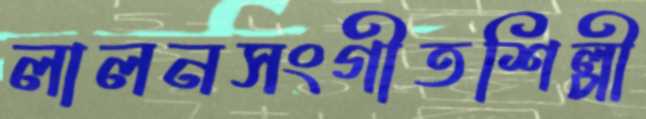
লালনসংগীতশিল্পী